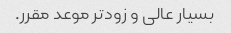
بسیار عالی و زودتر موعد مقرر.